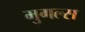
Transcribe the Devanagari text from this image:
मुगल्स